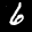
Label: 6